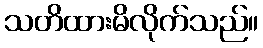
သတိထားမိလိုက်သည်။